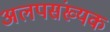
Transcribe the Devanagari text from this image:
अलपसंख्यक